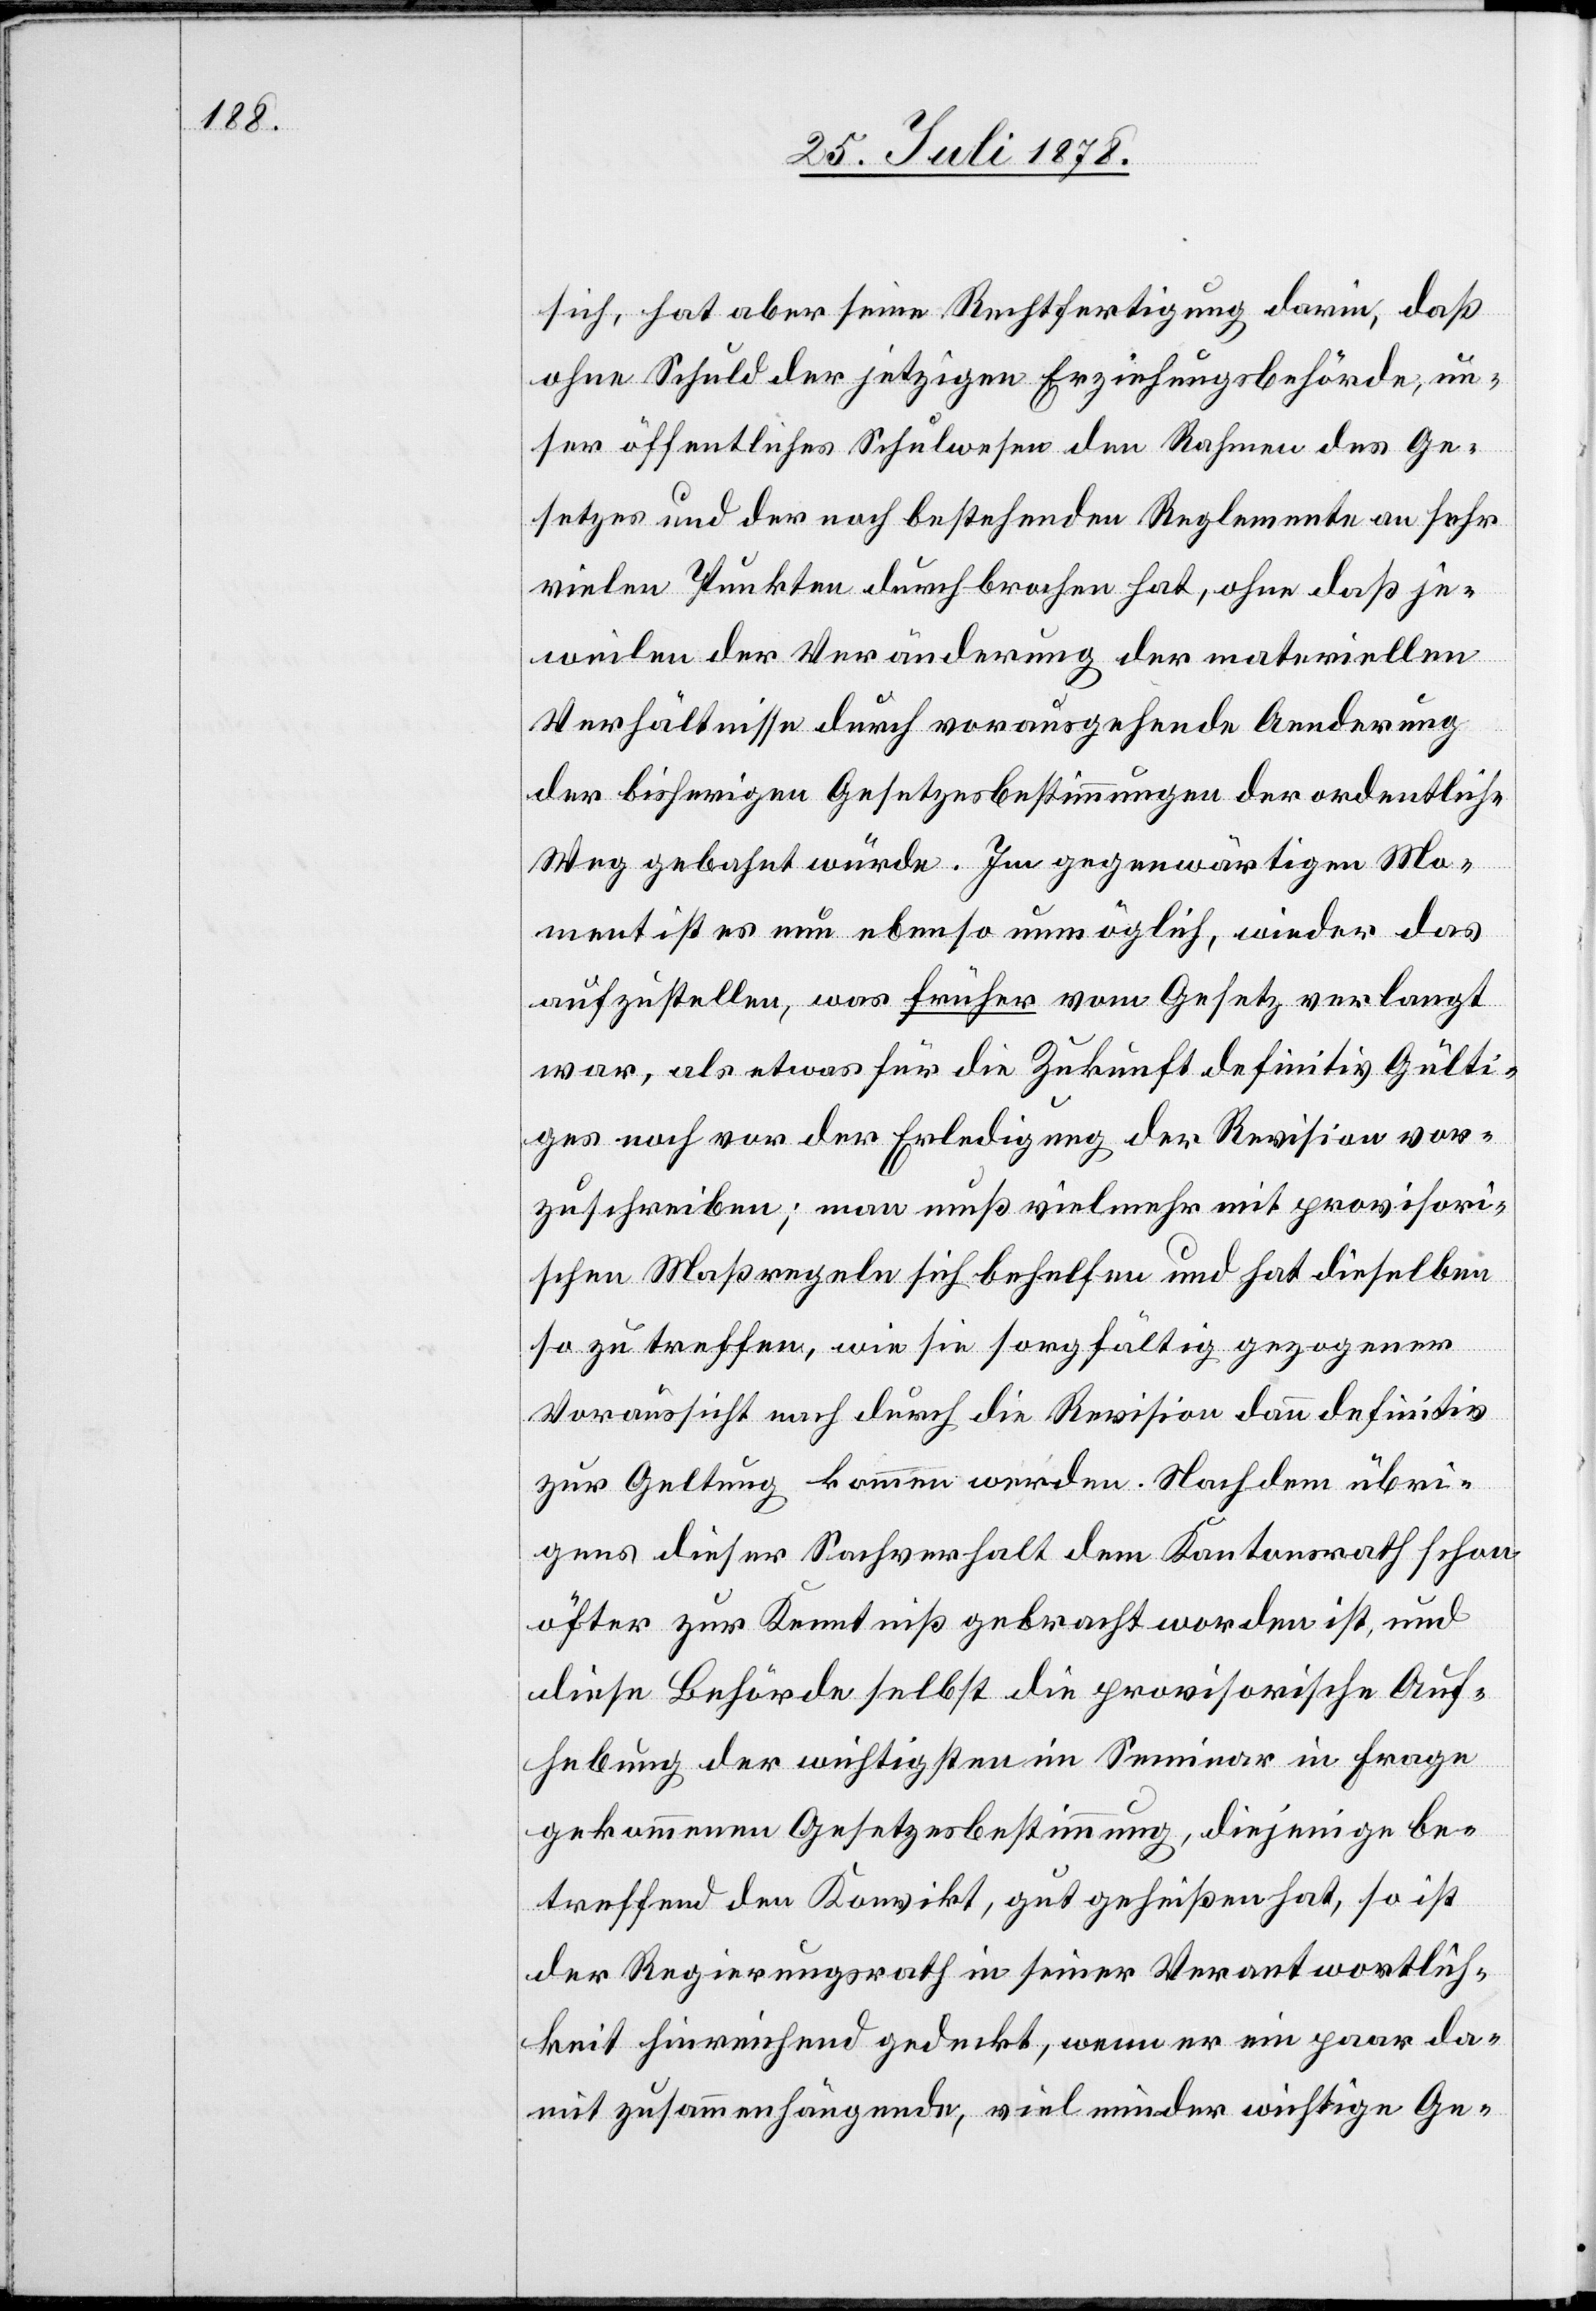
sich, hat aber seine Rechtfertigung darin, daß
ohne Schuld der jetzigen Erziehungsbehörde, un¬
ser öffentliches Schulwesen den Rahmen des Ge¬
setzes und der noch bestehenden Reglemente an sehr
vielen Punkten durchbrochen hat, ohne daß je¬
weilen der Veränderung der materiellen
Verhältnisse durch vorausgehende Aenderung
der bisherigen Gesetzesbestimmungen der ordentliche
Weg gebahnt würde. Im gegenwärtigen Mo¬
ment ist es nun ebenso unmöglich, wieder das
aufzustellen, was früher vom Gesetz verlangt
war, als etwas für die Zukunft definitiv Gülti¬
ges noch vor der Erledigung der Revision vor¬
zuschreiben; man muß vielmehr mit provisori¬
schen Maßregeln sich behelfen und hat dieselben
so zu treffen, wie sie sorgfältig gezogener
Voraussicht nach durch die Revision dann definitiv
zur Geltung kommen werden. Nachdem übri¬
gens dieser Sachverhalt dem Kantonsrath schon
öfter zur Kenntniß gebracht worden ist, und
diese Behörde selbst die provisorische Auf¬
hebung der wichtigsten im Seminar in Frage
gekommenen Gesetzesbestimmung, diejenige be¬
treffend den Konvikt, gut geheißen hat, so ist
der Regierungsrath in seiner Verantwortlich¬
keit hinreichend gedeckt, wenn er ein paar da¬
mit zusammenhängende, viel minder wichtige Ge-